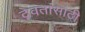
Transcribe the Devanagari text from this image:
देवतांसाठी